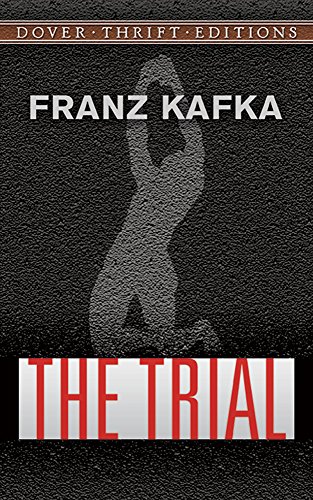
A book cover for The Trial (Dover Thrift Editions); Franz Kafka; Science Fiction & Fantasy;